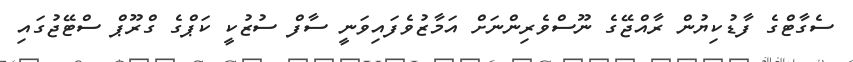
ސެގާޓްގެ ފާޑުކިޔުން ރާއްޖޭގެ ނޫސްވެރިންނަށް އަމާޒުވެފައިވަނީ ސާފް ސުޒުކީ ކަޕްގެ ގްރޫޕް ސްޓޭޖުގައި